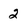
Character: 2